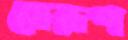
যেরূপ